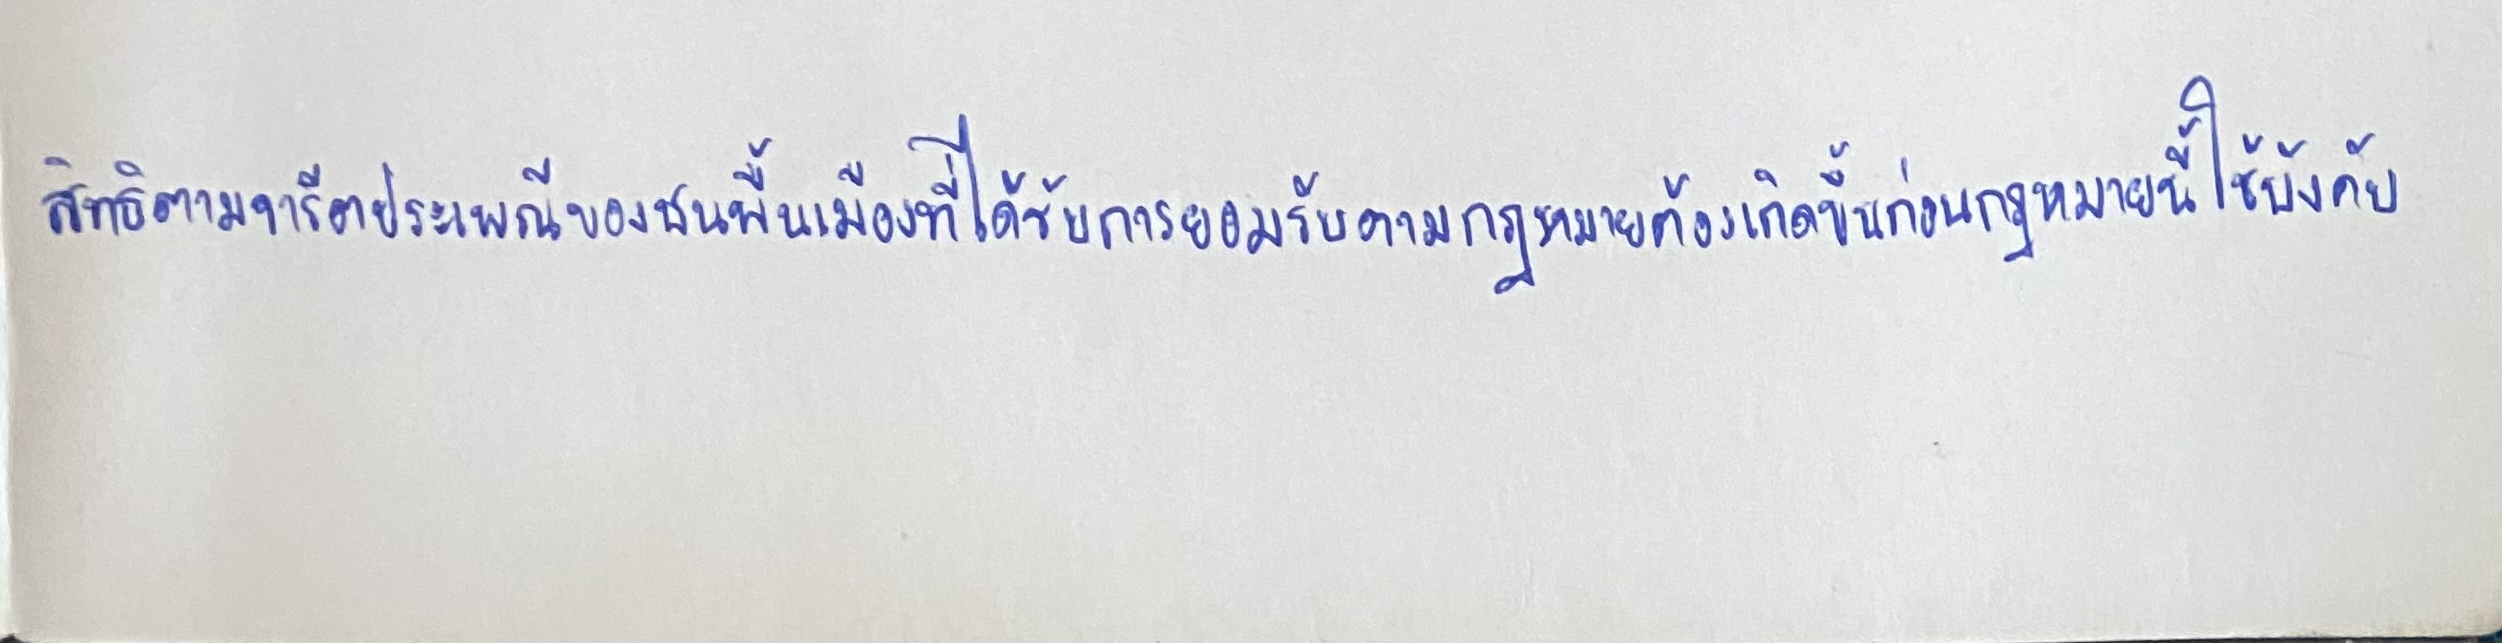
สิทธิตามจารีตประเพณีของชนพื้นเมืองที่ได้รับการยอมรับตามกฎหมายต้องเกิดขึ้นก่อนกฎหมายนี้ใช้บังคับ